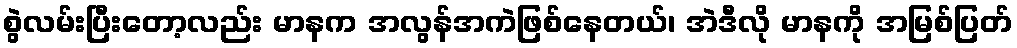
စွဲလမ်းပြီးတော့လည်း မာနက အလွန်အကဲဖြစ်နေတယ်၊ အဲဒီလို မာနကို အမြစ်ပြတ်